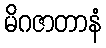
မိဂဇာတာနံ